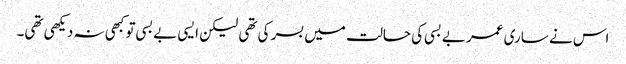
اس نے ساری عمر بے بسی کی حالت میں بسر کی تھی لیکن ایسی بے بسی تو کبھی نہ دیکھی تھی۔